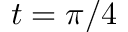
t = \pi / 4